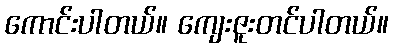
ကောင်းပါတယ်။ ကျေးဇူးတင်ပါတယ်။